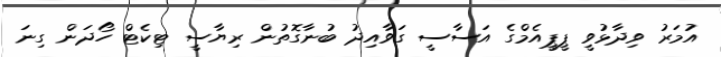
އުމަރު ވިދާޅުވީ ޕީޕީއެމްގެ އަސާސީ ގަވާއިދު ބުނާގޮތުން ރިޔާސީ ޓިކެޓް ހޯދަން ގިނަ